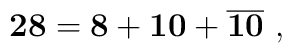
{\bf 28}={\bf 8} +{\bf 10}+ {\overline {\bf 10}} ~,